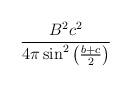
LaTeX: \begin{align*}\frac{B^2c^2}{4\pi\sin^2\left(\frac{b+c}{2}\right)}\end{align*}